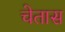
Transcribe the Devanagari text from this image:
चेतास